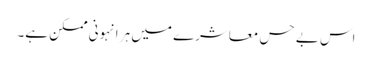
اس بے حس معاشرے میں ہر انہونی ممکن ہے۔